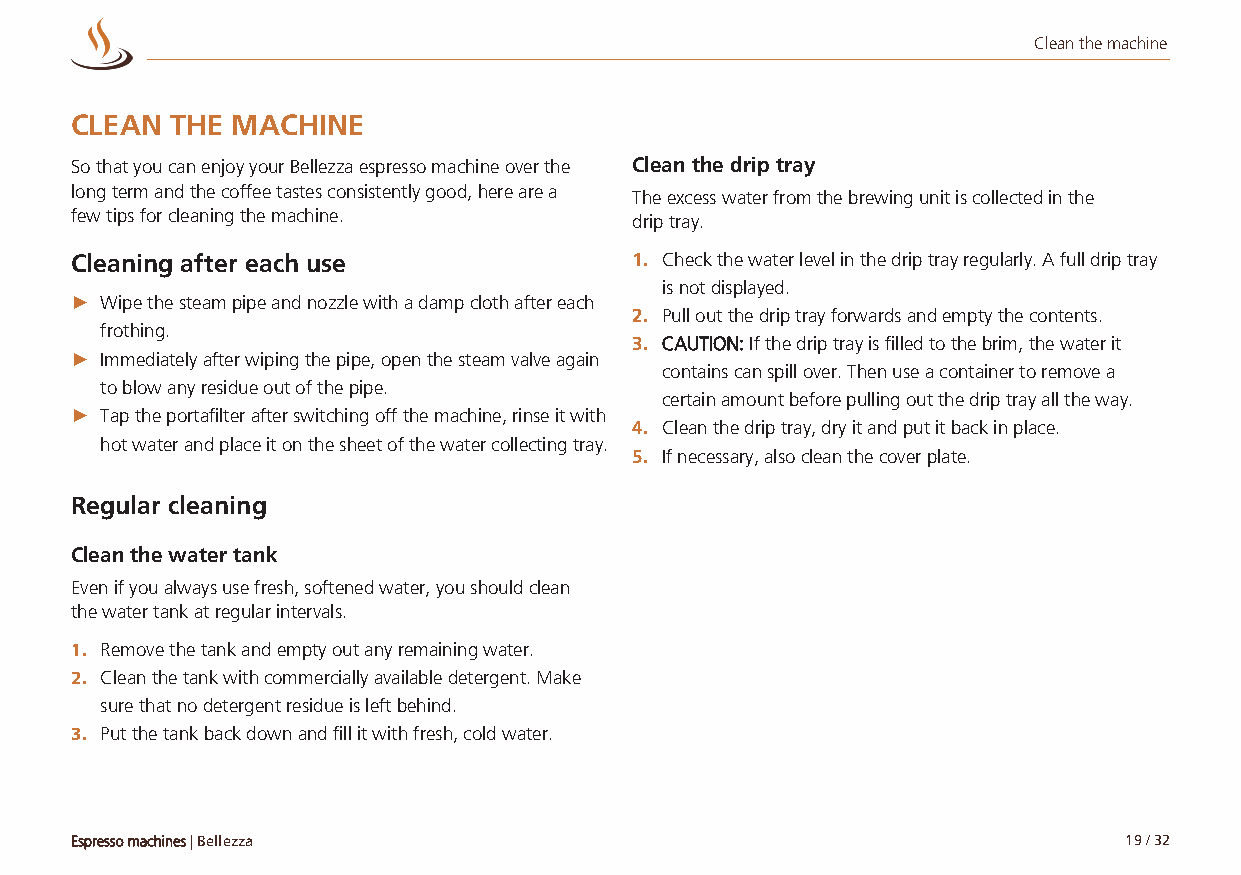
Clean the machine
 CLEAN THE MACHINE
 So that you can enjoy your Bellezza espresso machine over the Clean the drip tray
 long term and the coffee tastes consistently good, here are a
 The excess water from the brewing unit is collected in the
 few tips for cleaning the machine.
 drip tray.
 Cleaning after each use              1. Check the water level in the drip tray regularly. A full drip tray
 is not displayed.
 ► Wipe the steam pipe and nozzle with a damp cloth after each
 2. Pull out the drip tray forwards and empty the contents.
 frothing.
 3. CAUTION: If the drip tray is filled to the brim, the water it
 ► Immediately after wiping the pipe, open the steam valve again
 contains can spill over. Then use a container to remove a
 to blow any residue out of the pipe.
 certain amount before pulling out the drip tray all the way.
 ► Tap the portafilter after switching off the machine, rinse it with
 4. Clean the drip tray, dry it and put it back in place.
 hot water and place it on the sheet of the water collecting tray.
 5. If necessary, also clean the cover plate.
 Regular cleaning
 Clean the water tank
 Even if you always use fresh, softened water, you should clean
 the water tank at regular intervals.
 1. Remove the tank and empty out any remaining water.
 2. Clean the tank with commercially available detergent. Make
 sure that no detergent residue is left behind.
 3. Put the tank back down and fill it with fresh, cold water.
 Espresso machines | Bellezza                                         19 / 32